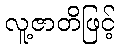
လူ့ဇာတိဖြင့်